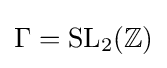
\Gamma =\mathrm {SL} _{2}(\mathbb {Z} )